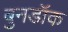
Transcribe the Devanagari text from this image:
बुनडॉक